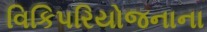
વિકિપરિયોજનાના